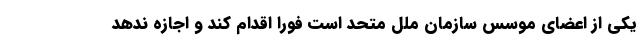
یکی از اعضای موسس سازمان ملل متحد است فورا اقدام کند و اجازه ندهد